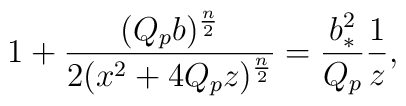
1+{{(Q_pb)^{n\over 2}}\over{2(x^2+4Q_pz)^{n\over 2}}}={{b^2_*}\over{Q_p}}{1\over z},